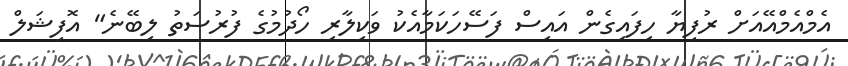
އެމްއެމްއޭއަށް ރުފިޔާ ހިފައިގެން އައިސް ފަސޭހަކަމާއެކު ވަކިލާރި ހޯދުމުގެ ފުރުސަތު ލިބޭނެ" އޮފިޝަލް